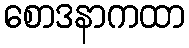
စောဒနာကထာ